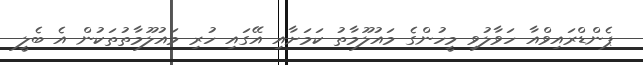
ޕެންޑްރައިވްއާ ހަވާލުވި މީހުންގެ މައުލޫމާތު ކަމަށާއި އޭގައި ހުރި މައުލޫމާތުތަކުން އެ ބެލީ